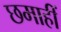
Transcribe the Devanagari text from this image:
छमाहीं